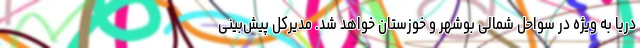
دریا به ویژه در سواحل شمالی بوشهر و خوزستان خواهد شد. مدیرکل پیش‌بینی